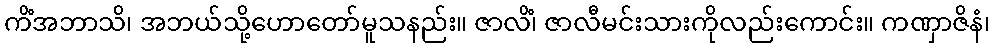
ကိံအဘာသိ၊ အဘယ်သို့ဟောတော်မူသနည်း။ ဇာလိံ၊ ဇာလီမင်းသားကိုလည်းကောင်း။ ကဏှာဇိနံ၊